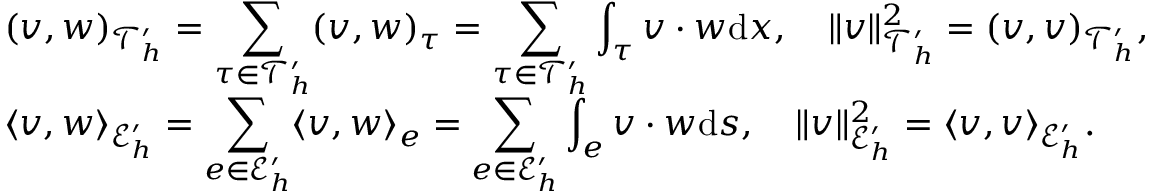
\begin{array} { r l } & { \displaystyle ( \boldsymbol { v } , \boldsymbol { w } ) _ { \mathcal { T } _ { h } ^ { \prime } } = \sum _ { \tau \in \mathcal { T } _ { h } ^ { \prime } } ( \boldsymbol { v } , \boldsymbol { w } ) _ { \tau } = \sum _ { \tau \in \mathcal { T } _ { h } ^ { \prime } } \int _ { \tau } \boldsymbol { v } \cdot \boldsymbol { w } \mathrm { d } x , \quad \| \boldsymbol { v } \| _ { \mathcal { T } _ { h } ^ { \prime } } ^ { 2 } = ( \boldsymbol { v } , \boldsymbol { v } ) _ { \mathcal { T } _ { h } ^ { \prime } } , } \\ & { \displaystyle \langle \boldsymbol { v } , \boldsymbol { w } \rangle _ { \mathcal { E } _ { h } ^ { \prime } } = \sum _ { e \in \mathcal { E } _ { h } ^ { \prime } } \langle \boldsymbol { v } , \boldsymbol { w } \rangle _ { e } = \sum _ { e \in \mathcal { E } _ { h } ^ { \prime } } \int _ { e } \boldsymbol { v } \cdot \boldsymbol { w } \mathrm { d } s , \quad \| \boldsymbol { v } \| _ { \mathcal { E } _ { h } ^ { \prime } } ^ { 2 } = \langle \boldsymbol { v } , \boldsymbol { v } \rangle _ { \mathcal { E } _ { h } ^ { \prime } } . } \end{array}